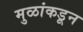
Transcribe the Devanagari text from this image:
मुळांकडून